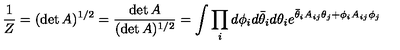
\frac { 1 } { Z } = ( \det A ) ^ { 1 / 2 } = \frac { \det A } { ( \det A ) ^ { 1 / 2 } } = \int \prod _ { i } d \phi _ { i } d \bar { \theta } _ { i } d \theta _ { i } e ^ { \bar { \theta } _ { i } A _ { i j } \theta _ { j } + \phi _ { i } A _ { i j } \phi _ { j } }